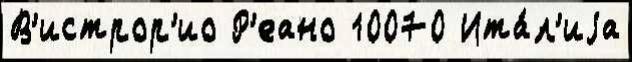
В'истрор'ио Р'еано 10070 Ита́л'иjа